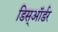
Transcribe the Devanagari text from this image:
डिस्ऑर्डर